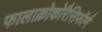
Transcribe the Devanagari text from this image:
फालाक्रोकोरैसिफॉर्म